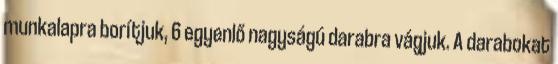
munkalapra borítjuk, 6 egyenlő nagyságú darabra vágjuk. A darabokat